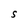
Character: S